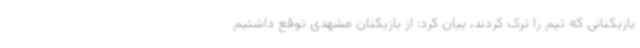
بازیکنانی که تیم را ترک کردند، بیان کرد: از بازیکنان مشهدی توقع داشتیم